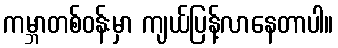
ကမ္ဘာတစ်ဝန်းမှာ ကျယ်ပြန့်လာနေတာပါ။